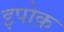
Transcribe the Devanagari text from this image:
इपोक़